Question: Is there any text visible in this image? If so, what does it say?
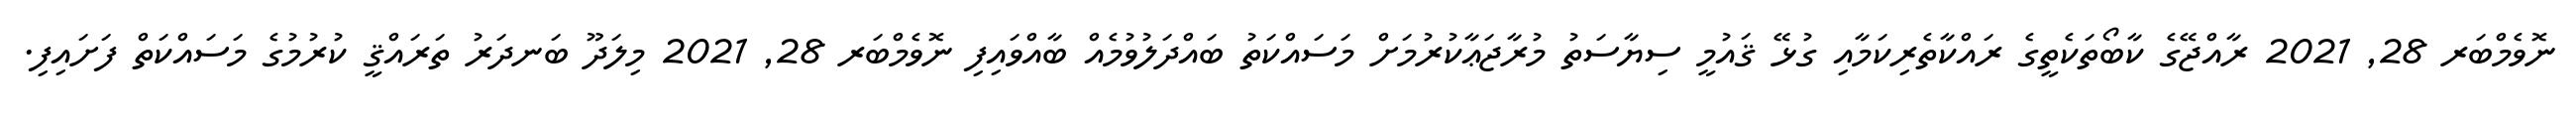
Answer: ނޮވެމްބަރ 28, 2021 ރާއްޖޭގެ ކާބޯތަކެތީގެ ރައްކާތެރިކަމާއި ގުޅޭ ޤައުމީ ސިޔާސަތު މުރާޖަޢާކުރުމަށް މަސައްކަތު ބައްދަލުވުމެއް ބާއްވައިފި ނޮވެމްބަރ 28, 2021 މިލަދޫ ބަނދަރު ތަރައްޤީ ކުރުމުގެ މަސައްކަތް ފަށައިފި.